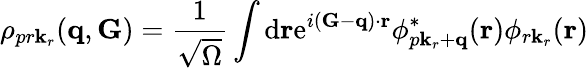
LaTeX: \rho_{pr\mathbf k_{r}}(\mathbf q,\mathbf G)=\frac{1}{\sqrt{\Omega}}\int\mathrm{d}\mathbf r\mathrm{{e}}^{i(\mathbf G-\mathbf q)\cdot\mathbf r}\phi_{p\mathbf k_{r}+\mathbf q}^{\ast}(\mathbf{r})\phi_{r\mathbf k_{r}}(\mathbf{r})